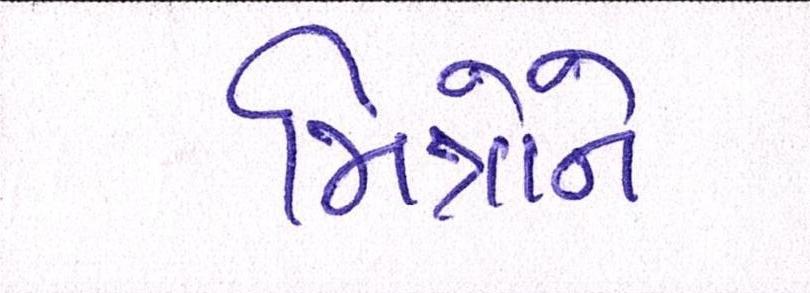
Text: મિત્રોને